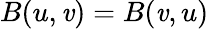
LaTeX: B(u,\mathit{v})=B(\mathit{v},u)